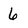
Character: 6